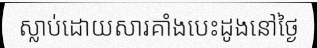
ស្លាប់ដោយសារគាំងបេះដូងនៅថ្ងៃ